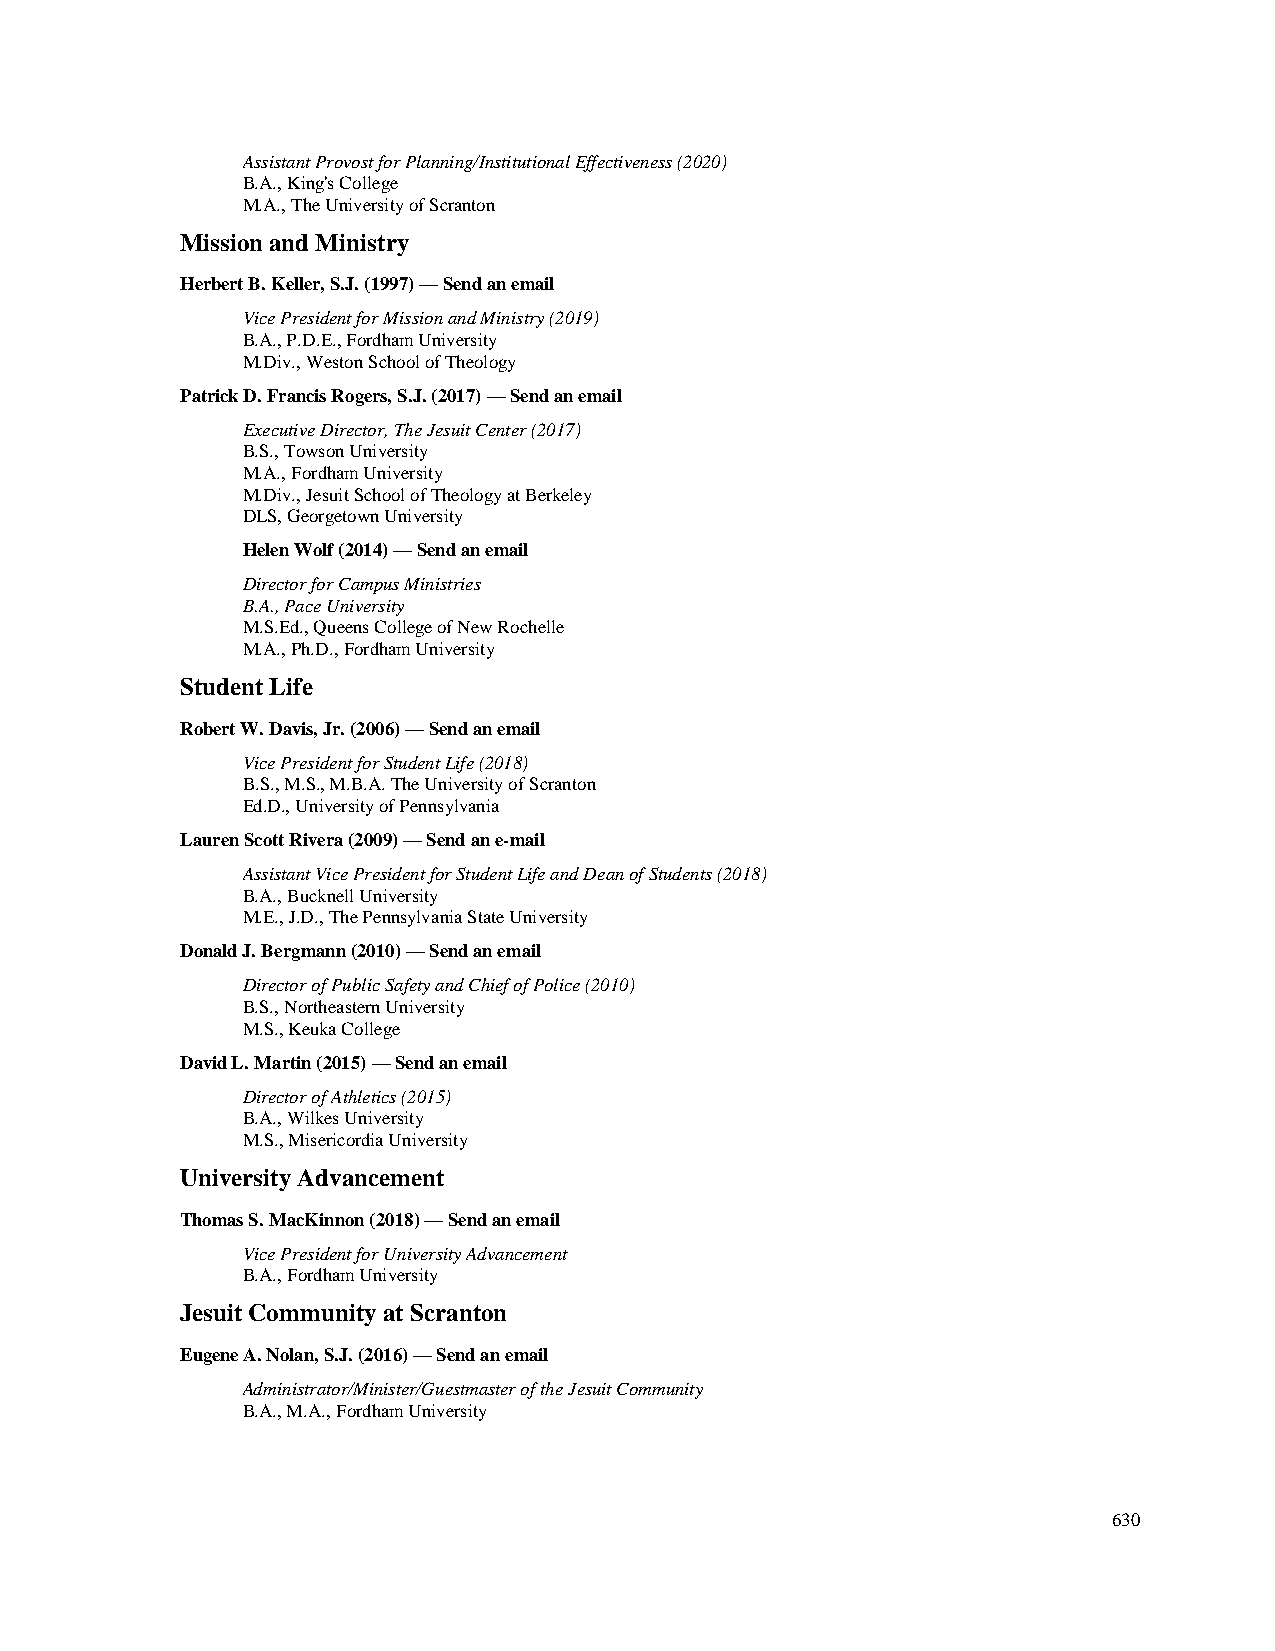
Assistant Provost for Planning/Institutional Effectiveness (2020)
 B.A., King's College
 M.A., The University of Scranton
 Mission and Ministry
 Herbert B. Keller, S.J. (1997) — Send an email
 Vice President for Mission and Ministry (2019)
 B.A., P.D.E., Fordham University
 M.Div., Weston School of Theology
 Patrick D. Francis Rogers, S.J. (2017) — Send an email
 Executive Director, The Jesuit Center (2017)
 B.S., Towson University
 M.A., Fordham University
 M.Div., Jesuit School of Theology at Berkeley
 DLS, Georgetown University
 Helen Wolf (2014) — Send an email
 Director for Campus Ministries
 B.A., Pace University
 M.S.Ed., Queens College of New Rochelle
 M.A., Ph.D., Fordham University
 Student Life
 Robert W. Davis, Jr. (2006) — Send an email
 Vice President for Student Life (2018)
 B.S., M.S., M.B.A. The University of Scranton
 Ed.D., University of Pennsylvania
 Lauren Scott Rivera (2009) — Send an e-mail
 Assistant Vice President for Student Life and Dean of Students (2018)
 B.A., Bucknell University
 M.E., J.D., The Pennsylvania State University
 Donald J. Bergmann (2010) — Send an email
 Director of Public Safety and Chief of Police (2010)
 B.S., Northeastern University
 M.S., Keuka College
 David L. Martin (2015) — Send an email
 Director of Athletics (2015)
 B.A., Wilkes University
 M.S., Misericordia University
 University Advancement
 Thomas S. MacKinnon (2018) — Send an email
 Vice President for University Advancement
 B.A., Fordham University
 Jesuit Community at Scranton
 Eugene A. Nolan, S.J. (2016) — Send an email
 Administrator/Minister/Guestmaster of the Jesuit Community
 B.A., M.A., Fordham University
 630